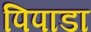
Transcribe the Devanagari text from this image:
पिपाडा